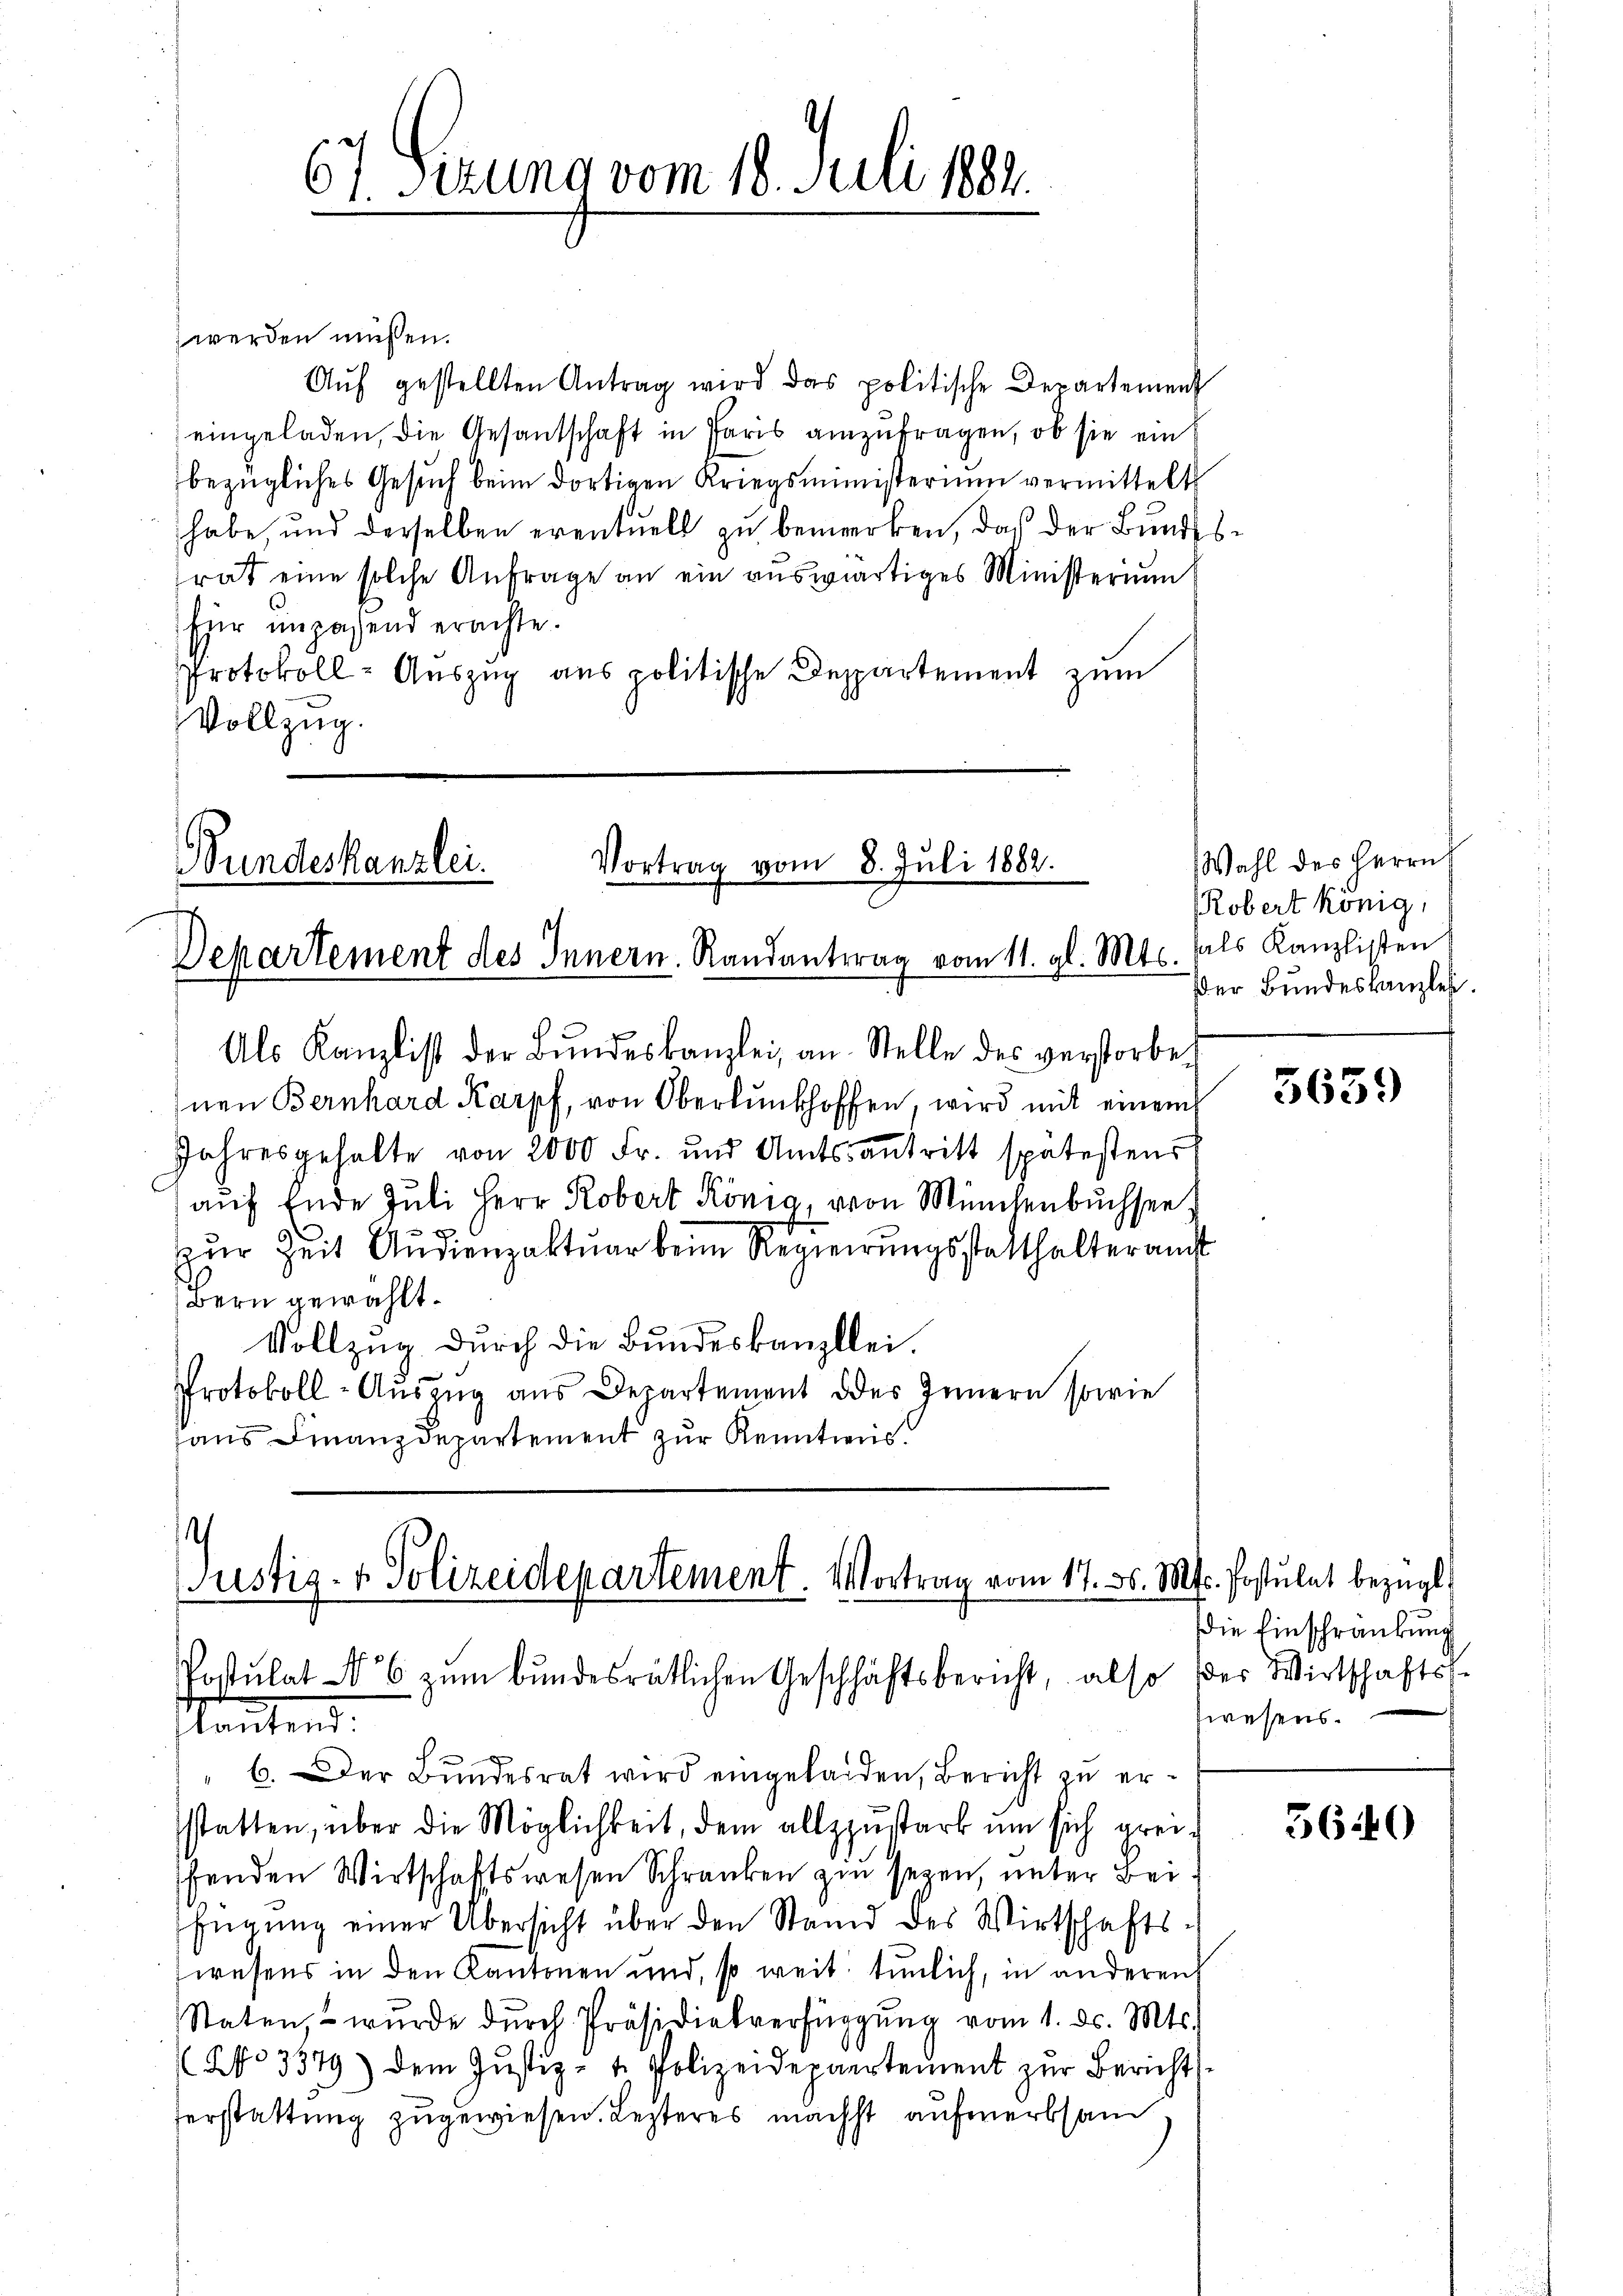
67. Ferung vom 18. Juli 1881.

werden müssen.
Aŭf gestellten Antrag wird das politische Departement
eingeladen, die Gesantschaft in Paris anzufragen, ob sie ein
bezügliches Gesuch beim dortigen Kriegsministerium vermittelt
habe, und derselben eventuell zu bemerken, daß der Bundesrat eine solche Anfrage an ein auswärtiges Ministerium
für unpassend erachte.
Protokoll-Auszug aus politische Departement zum
Vollzug.

undeskanzlei.
Vortrag vom 8. Juli 1882.
Dekartement des Innern. Randantrag vom 11. gl. Mts.

Als Kanzlist der Bŭndeskanzlei an Stelle des verstorbenen Bernhard Karpf, von Oberlŭnkhoffen, wird mit einem
Jahresgehalte von 2000 Fr. und Amtsantritt spätestens
aŭf Ende Juli Herr Robert König, von Münchenbŭchsen
zur Zeit Audienzaktuar beim Regierungsstatthalteramt
Bern gewählt.
Vollzug durch die Bundeskanzlei.
Protokoll-Aŭszŭg ans Departement des Innern sowie
aus Finanzdepartement zur Kenntnis.

.
ustiz- & Polizeidepartement. Vortrag vom 17. ds. M. Postulat bezügl
Postulat No 6 zŭm bundesrätlichen Geschäftsbericht, also der Wirtschaftskantend.

" 6. Der Bundesrat wird eingeladen, Bericht zu ersstatten, über die Möglichkeit, dem allzzustark um sich greishenden Wirtschaftswesen Schranken zu seyen, unter Bei
fügŭng einer Übersicht über den Stand des Wirtschafts-
swesens in den Kantonen und, so weit tunlich, in anderen
Staten, wurde dŭrch Präsidialverfügŭng vom 1. d. Mts.
(NNo 3379) dem Justiz- & Polizeidepartement zur Berichts¬
Verstattung zugewiesen. Lezteres nächst aufmerksam

Wahl des Herrn
Robert könig,
fals Kanzlisten
Der Bundeskanzlei.

5639

die Einschränkung
swesens.

5640